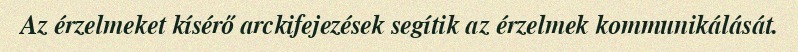
Az érzelmeket kísérő arckifejezések segítik az érzelmek kommunikálását.